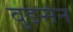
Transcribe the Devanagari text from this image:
वुडसेन